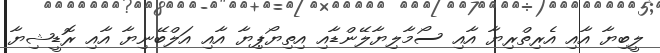
ލީބިޔާ އާއި އެރިތްރިޔާ އާއި ސޯމާލިޔާލޭންޑާއި އިތިޔޯޕިޔާ އާއި އަލްބޭނިޔާ އާއި ރޮޑީޝިޔާ